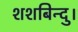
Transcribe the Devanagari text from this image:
शशबिन्दु।